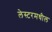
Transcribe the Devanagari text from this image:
लेस्टरमधील